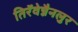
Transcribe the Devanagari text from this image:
तिरॅवेन्नैनलुर